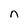
Character: n